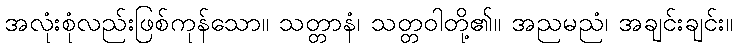
အလုံးစုံလည်းဖြစ်ကုန်သော။ သတ္တာနံ၊ သတ္တဝါတို့၏။ အညမညံ၊ အချင်းချင်း။